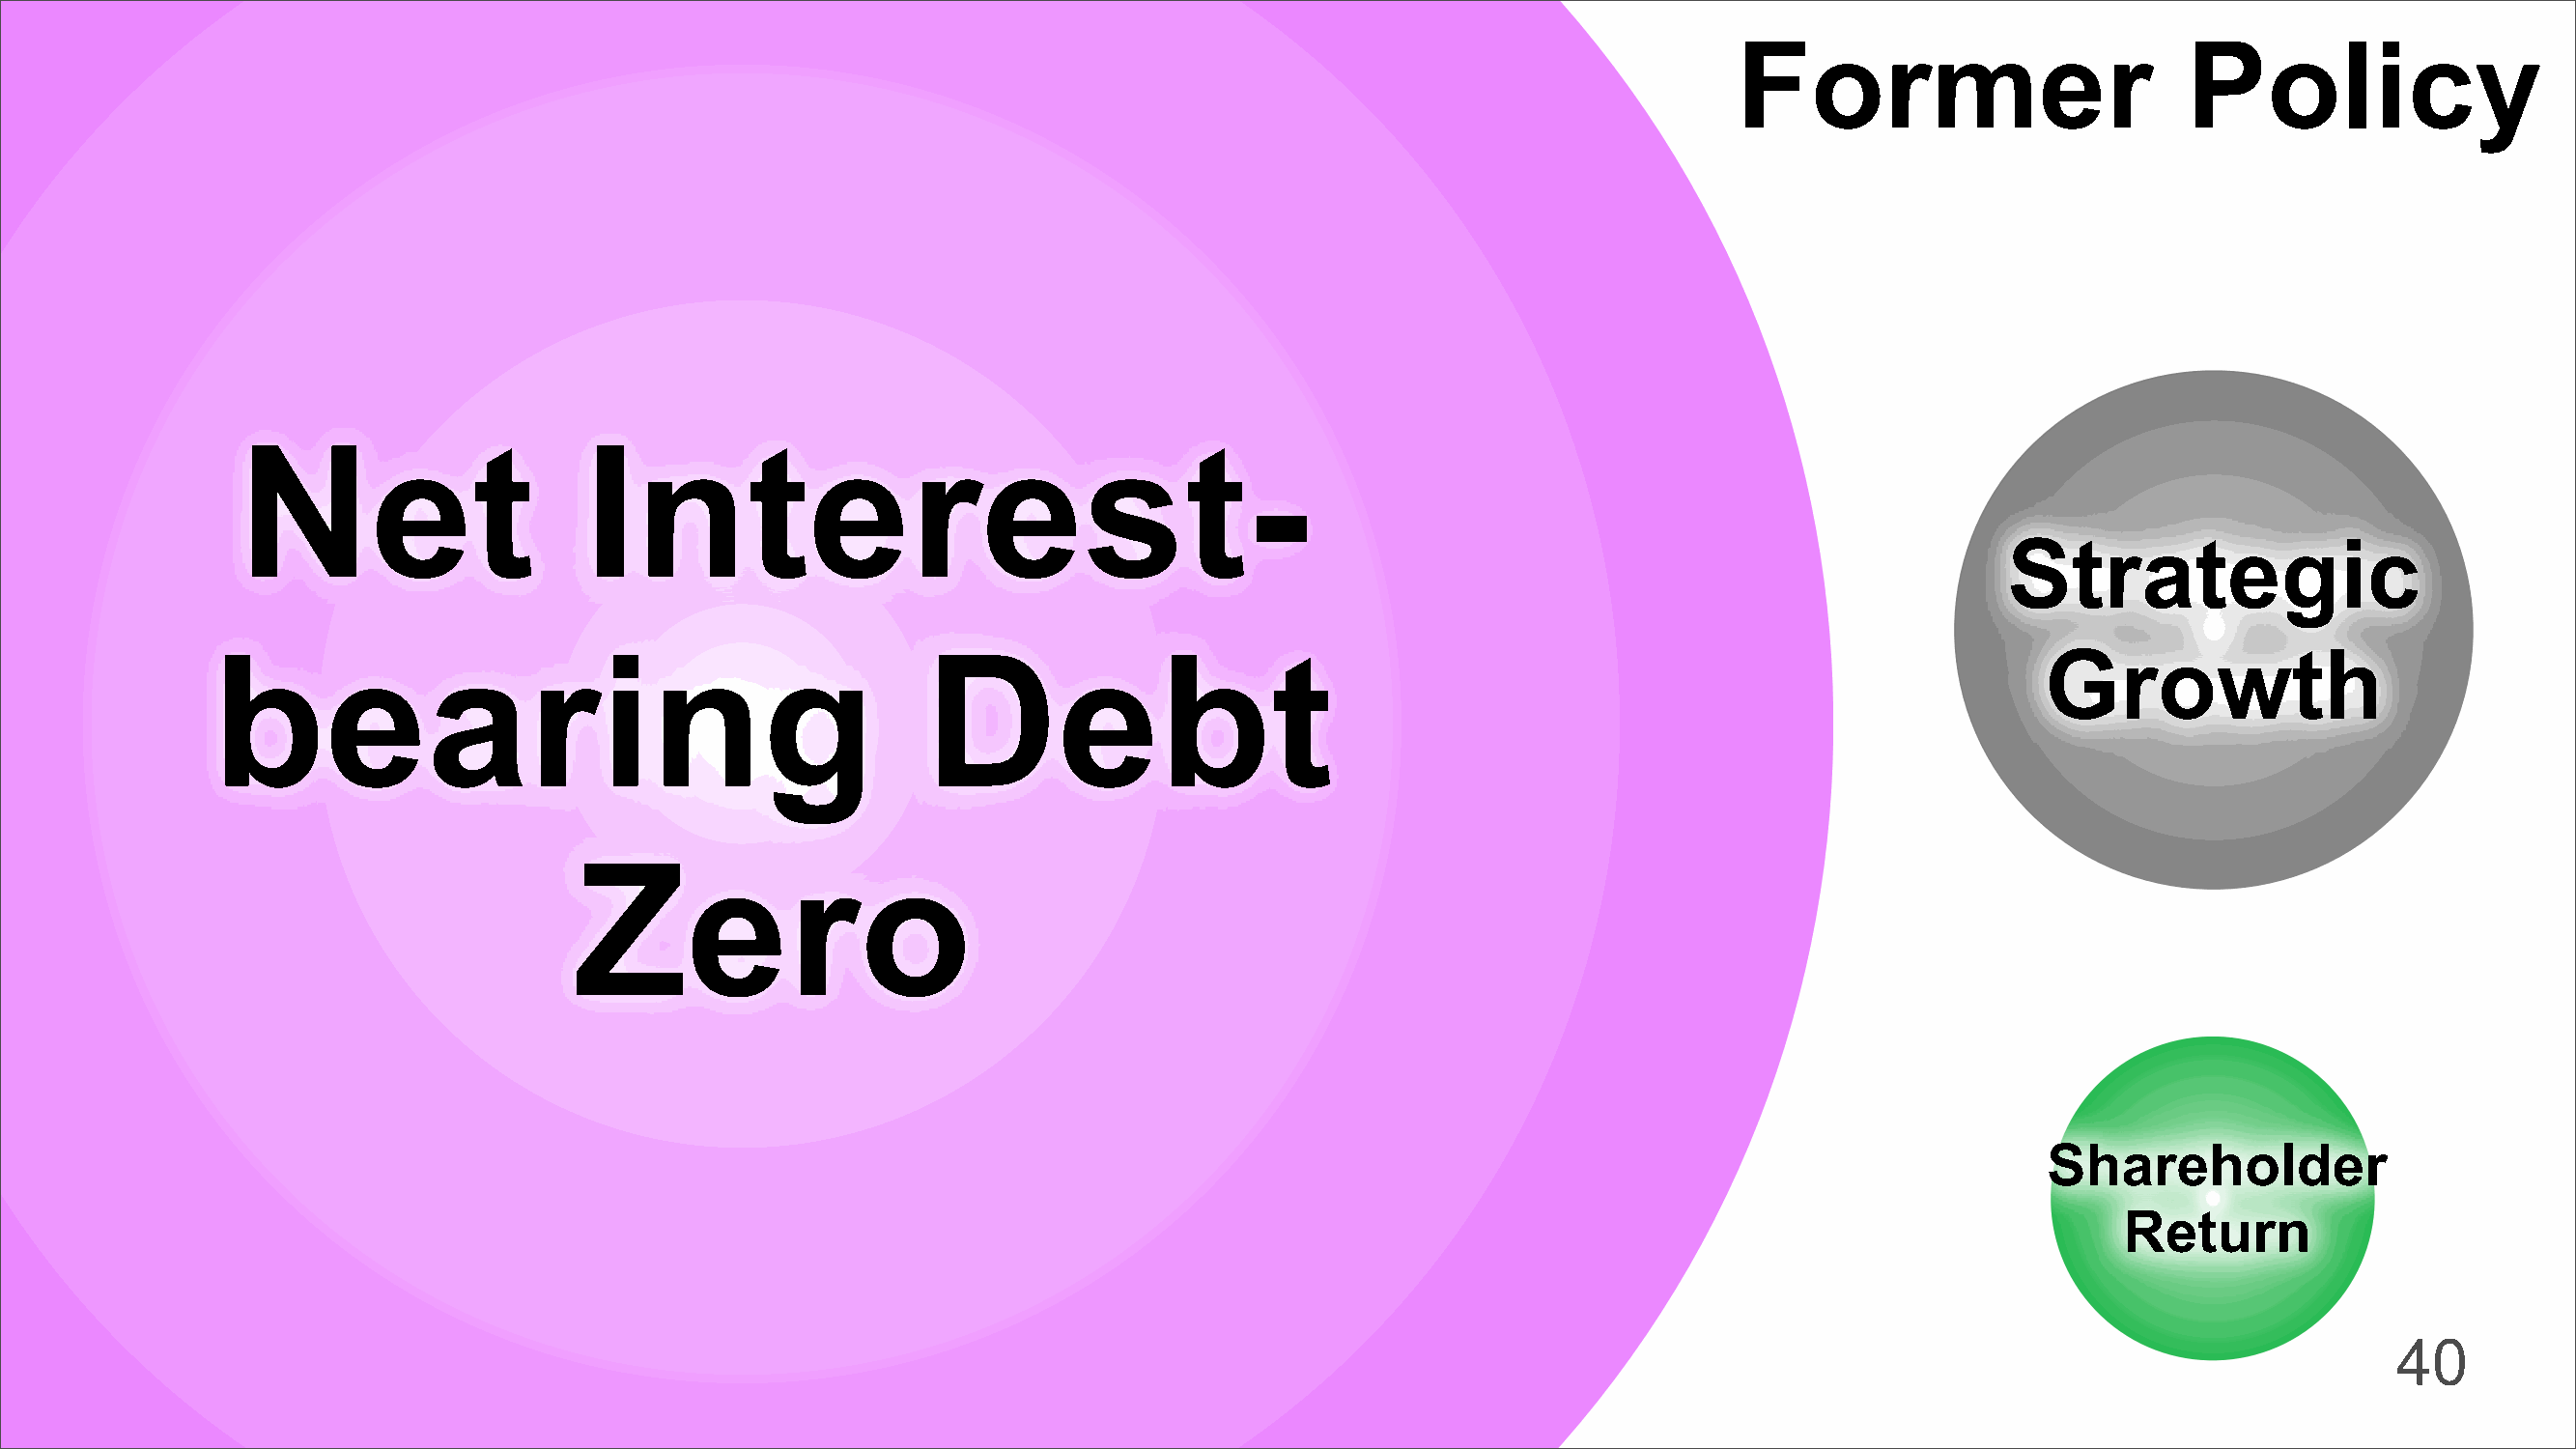
Former                         Policy
 Net                     Interest-
 Strategic
 bearing                                         Debt                                                                         Growth
 Zero
 Shareholder
 Return
 40